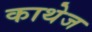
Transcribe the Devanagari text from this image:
काथेज